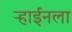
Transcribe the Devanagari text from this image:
ऱ्हाईनला